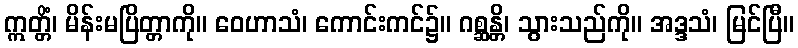
ဣတ္တိံ၊ မိန်းမပြိတ္တာကို။ ဝေဟာသံ၊ ကောင်းကင်၌။ ဂစ္ဆန္တိ၊ သွားသည်ကို။ အဒ္ဒသံ၊ မြင်ပြီ။